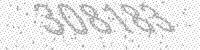
Solution: 308183